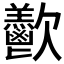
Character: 𪴴